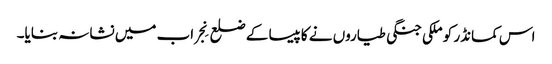
اس کمانڈر کو ملکی جنگی طیاروں نے کاپیسا کے ضلع نِجراب میں نشانہ بنایا۔